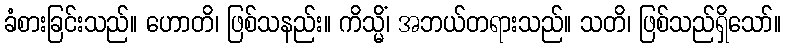
ခံစားခြင်းသည်။ ဟောတိ၊ ဖြစ်သနည်း။ ကိသ္မိံ၊ အဘယ်တရားသည်။ သတိ၊ ဖြစ်သည်ရှိသော်။